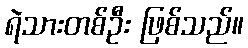
ရဲသားတစ်ဦး ဖြစ်သည်။